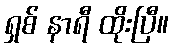
ရှစ် နာရီ ထိုးပြီ။